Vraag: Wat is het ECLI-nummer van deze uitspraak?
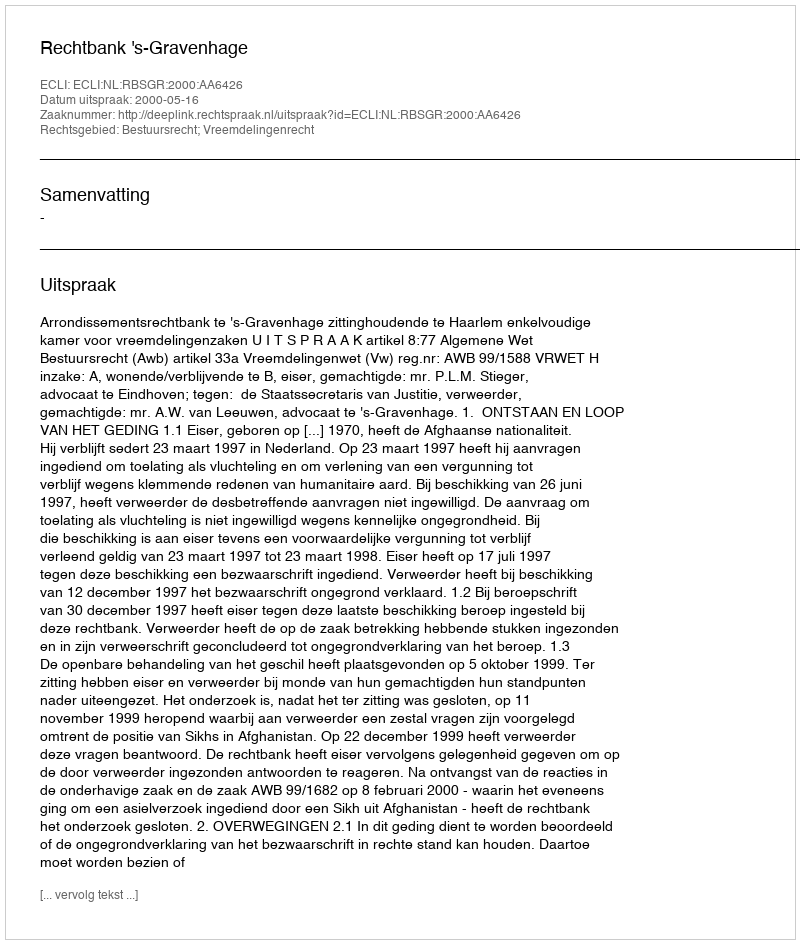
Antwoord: ECLI:NL:RBSGR:2000:AA6426